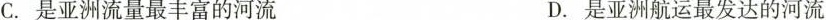
C.是亚洲流量最丰富的河流D.是亚洲航运最发达的河流